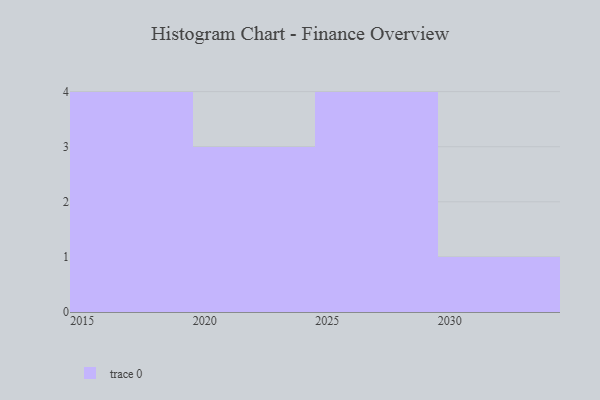
{"axis": {"x": "Year", "y": "Net Income (USD K)"}, "legend": [""], "data": [{"x": "2026", "y": 65, "type": ""}, {"x": "2027", "y": 46, "type": ""}, {"x": "2016", "y": 99, "type": ""}, {"x": "2017", "y": 86, "type": ""}, {"x": "2025", "y": 16, "type": ""}, {"x": "2029", "y": 2, "type": ""}, {"x": "2020", "y": 92, "type": ""}, {"x": "2019", "y": 30, "type": ""}, {"x": "2030", "y": 93, "type": ""}, {"x": "2015", "y": 20, "type": ""}, {"x": "2022", "y": 91, "type": ""}, {"x": "2023", "y": 55, "type": ""}]}